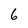
Character: 6